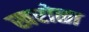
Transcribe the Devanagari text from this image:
खरोळा